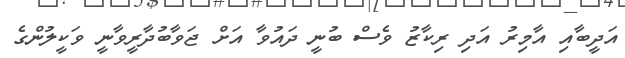
އަދީބާއި އާމިރު އަދި ރިކާޒު ވެސް ބުނީ ދައުވާ އަށް ޖަވާބުދާރީވާނީ ވަކީލުންގެ